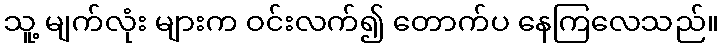
သူ့ မျက်လုံး များက ဝင်းလက်၍ တောက်ပ နေကြလေသည်။